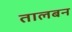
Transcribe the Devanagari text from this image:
तालबन